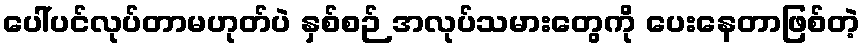
ပေါ်ပင်လုပ်တာမဟုတ်ပဲ နှစ်စဉ် အလုပ်သမားတွေကို ပေးနေတာဖြစ်တဲ့